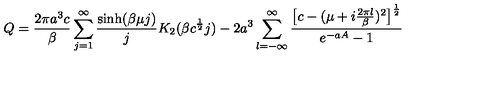
Q = \frac { 2 \pi a ^ { 3 } c } { \beta } \sum _ { j = 1 } ^ { \infty } \frac { \sinh ( \beta \mu j ) } { j } K _ { 2 } ( \beta c ^ { \frac { 1 } { 2 } } j ) - 2 a ^ { 3 } \sum _ { l = - \infty } ^ { \infty } \frac { \bigl [ c - ( \mu + i \frac { 2 \pi l } { \beta } ) ^ { 2 } \bigr ] ^ { \frac { 1 } { 2 } } } { e ^ { - a A } - 1 }